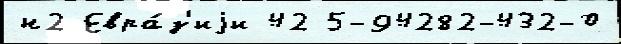
н2 Евра́з'иjи 42 5-94282-432-0